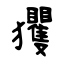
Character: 玃